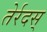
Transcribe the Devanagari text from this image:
तेर्रदस्